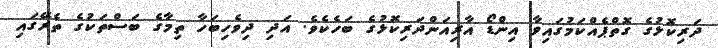
ދަރިކޮޅުގެ ގޮތްޕެއްކަމުގައިވާ އިންޑޯ އާރިއަންދަރިކޮޅުގެ ބަހެކެވެ. އަދި ދިވެހިބަހާ ތިމާގެ ބަސްތަކުގެ ތެރޭގައި